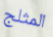
المثلج